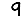
Digit: 9